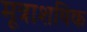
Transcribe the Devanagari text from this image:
मूत्राशयिक